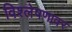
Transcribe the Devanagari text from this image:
विश्लेषणावर